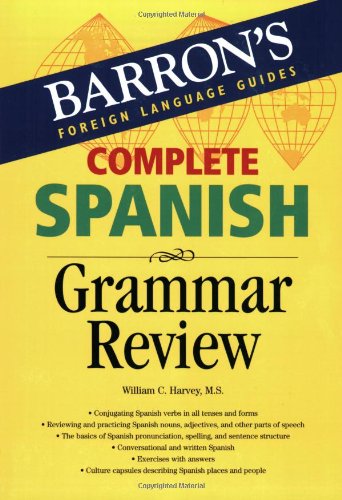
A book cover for Complete Spanish Grammar Review (Barron's Foreign Language Guides); William C. Harvey  M.S.; Travel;